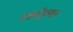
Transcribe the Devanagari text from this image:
एक्सट्रेक्शन